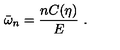
\bar { \omega } _ { n } = \frac { n C ( \eta ) } { E } \ .